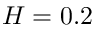
H = 0 . 2